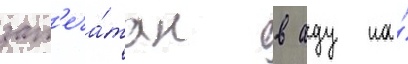
зап'еча́тан в аду на́